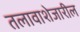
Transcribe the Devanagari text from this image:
तलावाशेजारील